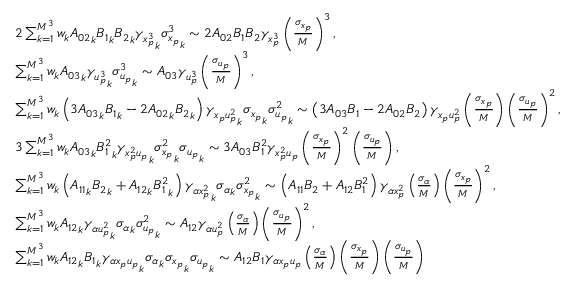
\begin{array} { r l } & { 2 \sum _ { k = 1 } ^ { M ^ { 3 } } w _ { k } { A _ { 0 2 } } _ { k } { B _ { 1 } } _ { k } { B _ { 2 } } _ { k } { \gamma _ { x _ { p } ^ { 3 } } } _ { k } { \sigma _ { x _ { p } } ^ { 3 } } _ { k } \sim 2 { A _ { 0 2 } } { B _ { 1 } } { B _ { 2 } } { \gamma _ { x _ { p } ^ { 3 } } } \left( \frac { \sigma _ { x _ { p } } } { M } \right) ^ { 3 } , } \\ & { \sum _ { k = 1 } ^ { M ^ { 3 } } w _ { k } { A _ { 0 3 } } _ { k } { \gamma _ { u _ { p } ^ { 3 } } } _ { k } { \sigma _ { u _ { p } } ^ { 3 } } _ { k } \sim A _ { 0 3 } \gamma _ { u _ { p } ^ { 3 } } \left( \frac { \sigma _ { u _ { p } } } { M } \right) ^ { 3 } , } \\ & { \sum _ { k = 1 } ^ { M ^ { 3 } } w _ { k } \left( 3 { A _ { 0 3 } } _ { k } { B _ { 1 } } _ { k } - 2 { A _ { 0 2 } } _ { k } { B _ { 2 } } _ { k } \right) { \gamma _ { x _ { p } u _ { p } ^ { 2 } } } _ { k } { \sigma _ { x _ { p } } } _ { k } { \sigma _ { u _ { p } } ^ { 2 } } _ { k } \sim \left( 3 A _ { 0 3 } B _ { 1 } - 2 A _ { 0 2 } B _ { 2 } \right) \gamma _ { x _ { p } u _ { p } ^ { 2 } } \left( \frac { \sigma _ { x _ { p } } } { M } \right) \left( \frac { \sigma _ { u _ { p } } } { M } \right) ^ { 2 } , } \\ & { 3 \sum _ { k = 1 } ^ { M ^ { 3 } } w _ { k } { A _ { 0 3 } } _ { k } { B _ { 1 } ^ { 2 } } _ { k } { \gamma _ { x _ { p } ^ { 2 } u _ { p } } } _ { k } { \sigma _ { x _ { p } } ^ { 2 } } _ { k } { \sigma _ { u _ { p } } } _ { k } \sim 3 A _ { 0 3 } B _ { 1 } ^ { 2 } \gamma _ { x _ { p } ^ { 2 } u _ { p } } \left( \frac { \sigma _ { x _ { p } } } { M } \right) ^ { 2 } \left( \frac { \sigma _ { u _ { p } } } { M } \right) , } \\ & { \sum _ { k = 1 } ^ { M ^ { 3 } } w _ { k } \left( { A _ { 1 1 } } _ { k } { B _ { 2 } } _ { k } + { A _ { 1 2 } } _ { k } { B _ { 1 } ^ { 2 } } _ { k } \right) { \gamma _ { \alpha x _ { p } ^ { 2 } } } _ { k } { \sigma _ { \alpha } } _ { k } { \sigma _ { x _ { p } } ^ { 2 } } _ { k } \sim \left( A _ { 1 1 } { B _ { 2 } } + A _ { 1 2 } B _ { 1 } ^ { 2 } \right) \gamma _ { \alpha x _ { p } ^ { 2 } } \left( \frac { \sigma _ { \alpha } } { M } \right) \left( \frac { \sigma _ { x _ { p } } } { M } \right) ^ { 2 } , } \\ & { \sum _ { k = 1 } ^ { M ^ { 3 } } w _ { k } { A _ { 1 2 } } _ { k } { \gamma _ { \alpha u _ { p } ^ { 2 } } } _ { k } { \sigma _ { \alpha } } _ { k } { \sigma _ { u _ { p } } ^ { 2 } } _ { k } \sim A _ { 1 2 } \gamma _ { \alpha u _ { p } ^ { 2 } } \left( \frac { \sigma _ { \alpha } } { M } \right) \left( \frac { \sigma _ { u _ { p } } } { M } \right) ^ { 2 } , } \\ & { \sum _ { k = 1 } ^ { M ^ { 3 } } w _ { k } { A _ { 1 2 } } _ { k } { B _ { 1 } } _ { k } { \gamma _ { \alpha x _ { p } u _ { p } } } _ { k } { \sigma _ { \alpha } } _ { k } { \sigma _ { x _ { p } } } _ { k } { \sigma _ { u _ { p } } } _ { k } \sim A _ { 1 2 } B _ { 1 } \gamma _ { \alpha x _ { p } u _ { p } } \left( \frac { \sigma _ { \alpha } } { M } \right) \left( \frac { \sigma _ { x _ { p } } } { M } \right) \left( \frac { \sigma _ { u _ { p } } } { M } \right) } \end{array}